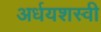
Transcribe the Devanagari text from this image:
अर्धयशस्वी